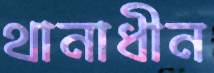
থানাধীন